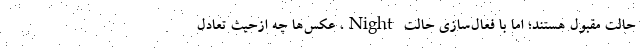
حالت مقبول هستند؛ اما با فعال‌سازی حالت Night، عکس‌ها چه ازحیث تعادل